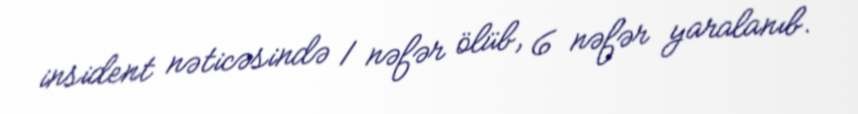
insident nəticəsində 1 nəfər ölüb, 6 nəfər yaralanıb.